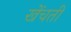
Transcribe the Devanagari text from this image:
खेंचती